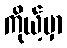
ကိုယ့်မှာ